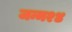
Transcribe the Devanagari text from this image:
जन्म२४